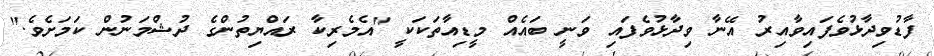
ފާޑުވިދާޅުވެފައިވާއިރު އޭނާ ވިދާޅުވެފައި ވަނީ ބައެއް މީޑިއާތަކަކީ "އެމެރިކާ ރައްޔިތުންގެ ދުޝްމަނުން ކަމަށެވެ."